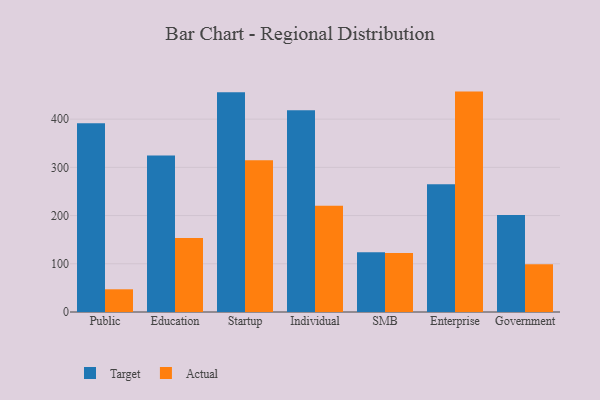
{"axis": {"x": "Segment", "y": "Demand Index"}, "legend": ["Actual", "Target"], "data": [{"x": "Public", "y": 391.5, "type": "Target"}, {"x": "Public", "y": 47.1, "type": "Actual"}, {"x": "Education", "y": 324.7, "type": "Target"}, {"x": "Education", "y": 153.6, "type": "Actual"}, {"x": "Startup", "y": 455.9, "type": "Target"}, {"x": "Startup", "y": 314.8, "type": "Actual"}, {"x": "Individual", "y": 418.2, "type": "Target"}, {"x": "Individual", "y": 220.4, "type": "Actual"}, {"x": "SMB", "y": 123.7, "type": "Target"}, {"x": "SMB", "y": 122.6, "type": "Actual"}, {"x": "Enterprise", "y": 264.9, "type": "Target"}, {"x": "Enterprise", "y": 457.1, "type": "Actual"}, {"x": "Government", "y": 201.4, "type": "Target"}, {"x": "Government", "y": 98.9, "type": "Actual"}]}